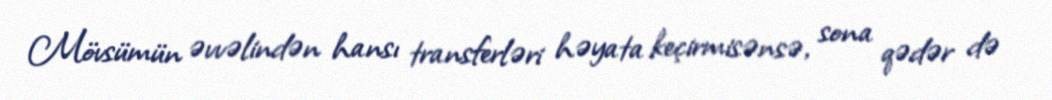
Mövsümün əvvəlindən hansı transferləri həyata keçirmisənsə, sona qədər də